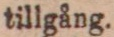
tillgång.